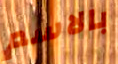
بالاسم